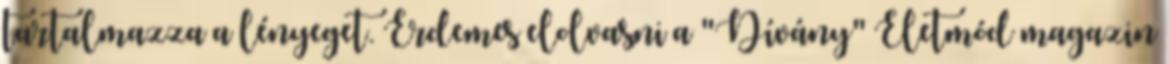
tartalmazza a lényeget. Érdemes elolvasni a "Dívány" Életmód magazin